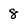
Character: 8